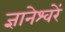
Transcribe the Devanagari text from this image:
ज्ञानेश्वरें